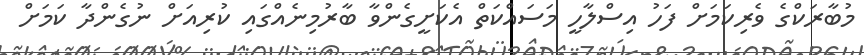
މުބާރަކްގެ ވެރިކަމަށް ފަހު އިސްލާހީ މަސައްކަތް އެކަށީގެންވާ ބާރުމިނެއްގައި ކުރިއަށް ނުގެންދާ ކަމަށް